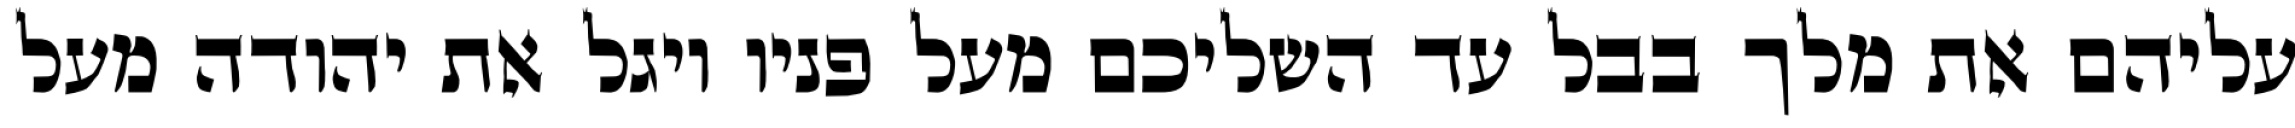
עליהם את מלך בבל עד השליכם מעל פניו ויגל את יהודה מעל